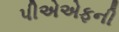
પીએએફની